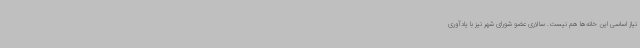
نیاز اساسی این خانه‌ها هم نیست. سالاری عضو شورای شهر نیز با یادآوری